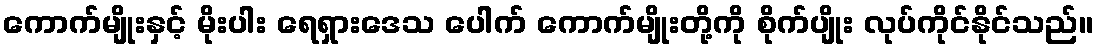
ကောက်မျိုးနှင့် မိုးပါး ရေရှားဒေသ ပေါက် ကောက်မျိုးတို့ကို စိုက်ပျိုး လုပ်ကိုင်နိုင်သည်။